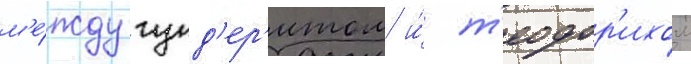
м'е́жду гунд'ер'итом и́ т'еодор'ихом